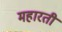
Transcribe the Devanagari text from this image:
महारती